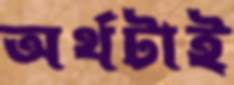
অর্থটাই